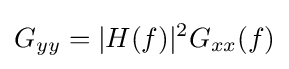
G_{yy}=|H(f)|^{2}G_{xx}(f)